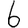
Digit: 6